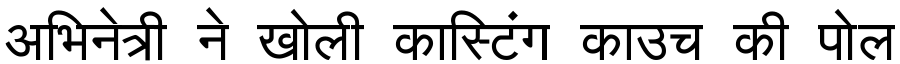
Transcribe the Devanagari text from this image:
अभिनेत्री ने खोली कास्टिंग काउच की पोल